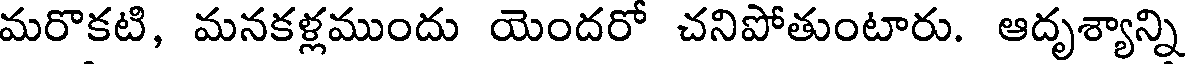
మరొకటి, మనకళ్లముందు యెందరో చనిపోతుంటారు. ఆదృశ్యాన్ని